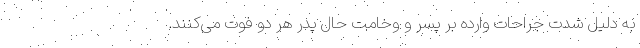
به دلیل شدت جراحات وارده بر پسر و وخامت حال پدر هر دو فوت می‌کنند.